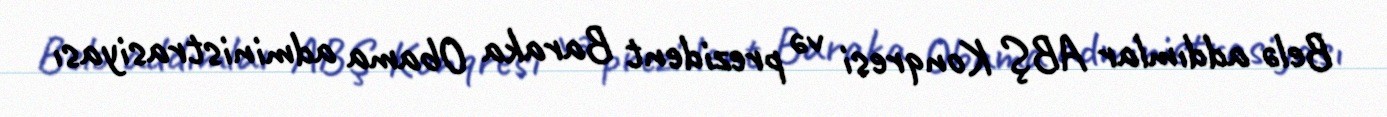
Belə addımlar ABŞ Konqresi və prezident Baraka Obama administrasiyası